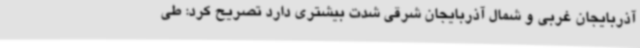
آذربایجان غربی و شمال آذربایجان شرقی شدت بیشتری دارد تصریح کرد: طی